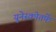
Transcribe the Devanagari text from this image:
यूनेस्कोतर्फे